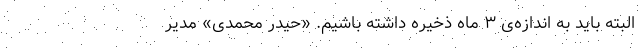
البته باید به اندازه‌ی ۳ ماه ذخیره داشته باشیم. «حیدر محمدی» مدیر